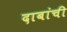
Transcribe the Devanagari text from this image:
दाबांची